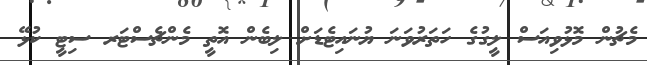
މެޗުން މޮޅުވިއަސް ލީގުގެ ހަތަރުވަނަ ޔުނައިޓެޑަށް ލިބެން އޮތީ މެންޗެސްޓަރ ސިޓީ ކުޅޭ